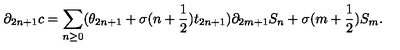
\partial _ { 2 n + 1 } c = \sum _ { n \geq 0 } ( \theta _ { 2 n + 1 } + \sigma ( n + \frac { 1 } { 2 } ) t _ { 2 n + 1 } ) \partial _ { 2 m + 1 } S _ { n } + \sigma ( m + \frac { 1 } { 2 } ) S _ { m } .